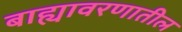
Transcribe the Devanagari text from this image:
बाह्यावरणातील